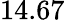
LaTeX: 14.67